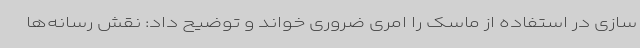
سازی در استفاده از ماسک را امری ضروری خواند و توضیح داد: نقش رسانه‌ها